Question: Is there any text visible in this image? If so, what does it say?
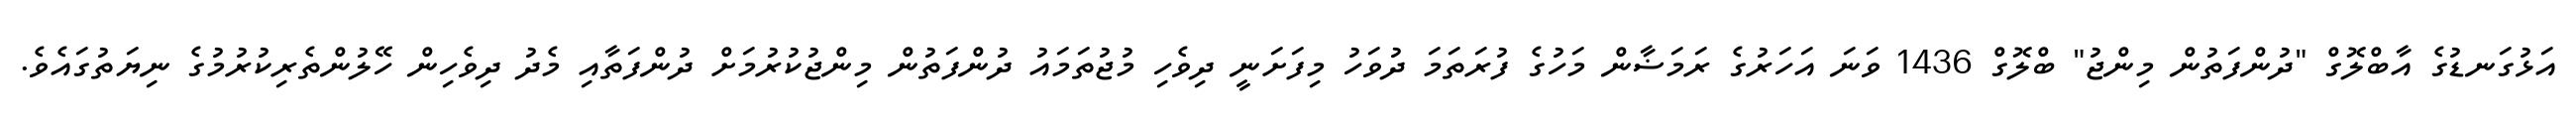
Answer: އަޅުގަނޑުގެ އާބްލޮގް "ދުންފަތުން މިންޖު" ބްލޮގް 1436 ވަނަ އަހަރުގެ ރަމަޟާން މަހުގެ ފުރަތަމަ ދުވަހު މިފަށަނީ ދިވެހި މުޖުތަމައު ދުންފަތުން މިންޖުކުރުމަށް ދުންފަތާއި މެދު ދިވެހިން ހޭލުންތެރިކުރުމުގެ ނިޔަތުގައެވެ.